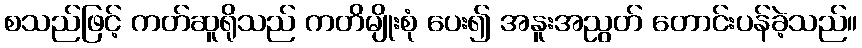
စသည်ဖြင့် ကတ်ဆူရိုသည် ကတိမျိုးစုံ ပေး၍ အနူးအညွတ် တောင်းပန်ခဲ့သည်။